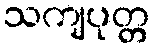
သကျပုတ္တ